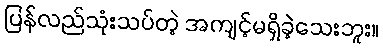
ပြန်လည်သုံးသပ်တဲ့ အကျင့်မရှိခဲ့သေးဘူး။